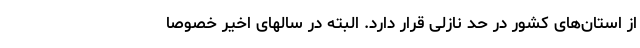
از استان‌های کشور در حد نازلی قرار دارد. البته در سالهای اخیر خصوصا